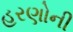
હરણોની